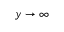
y \rightarrow \infty